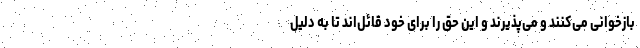
بازخوانی می‌کنند و می‌پذیرند و این حق را برای خود قائل‌اند تا به دلیل